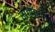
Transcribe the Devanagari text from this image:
समस्यऐ